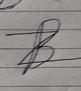
Signature authenticity: forged